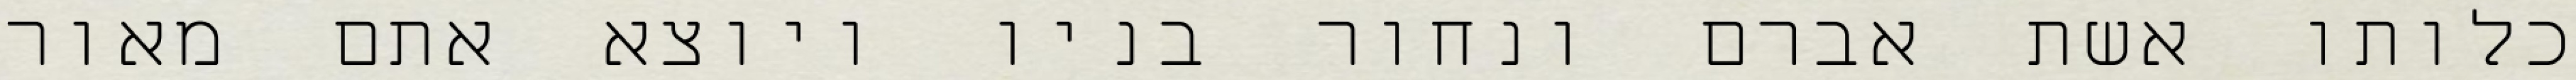
כלותו אשת אברם ונחור בניו ויוצא אתם מאור